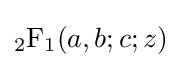
{}_{2}\mathrm {F} _{1}(a,b;c;z)